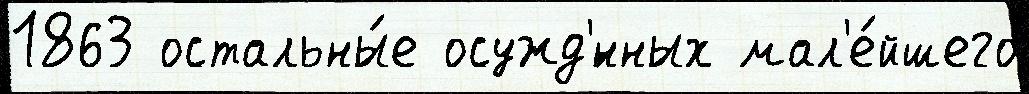
1863 остальны́е осужд'́нных мал'е́йшего